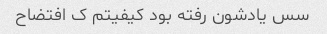
سس یادشون رفته بود کیفیتم ک افتضاح